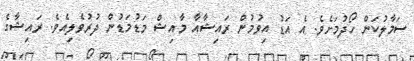
ސަމާލުކަން ހޯދުމަށެވެ. އެ އަޑު އިވުމުން ރައިޝާއާ މާއިޝް މަޑުމަޑުން ދުރުވެލިއެވެ. ރައިޝާގެ